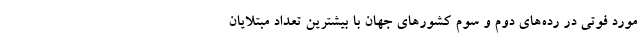
مورد فوتی در رده‌های دوم و سوم کشورهای جهان با بیشترین تعداد مبتلایان